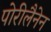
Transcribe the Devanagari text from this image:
पोरीलैनेन